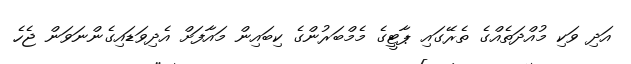
އަދި ވަކި މުއްދަތެއްގެ ތެރޭގައި ޕާޓީގެ މެމްބަރުންގެ ކިބައިން މައާފަށް އެދިވަޑައިގެންނަވަން ޖެހެ